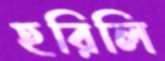
হরিলি